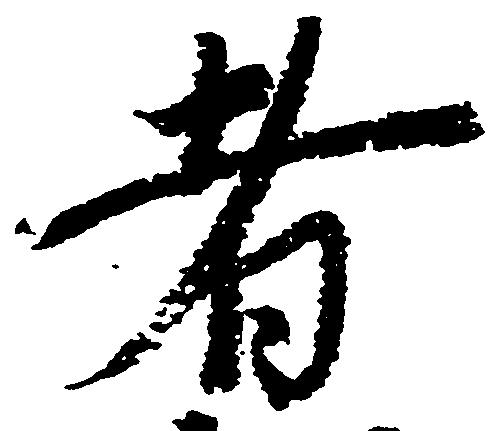
者